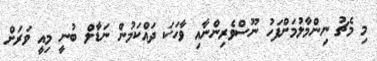
މި މެޗު ނިންމާލުމަށްފަހު ނޫސްވެރިންނާއި ވާހަކަ ދައްކަމުން ނަޑާލް ބުނީ މިއީ ވަރަށް